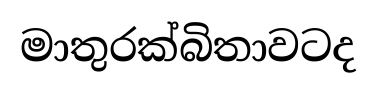
මාතුරක්බිතාවටද